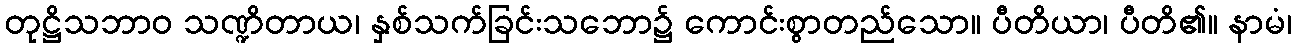
တုဋ္ဌိသဘာဝ သဏ္ဍိတာယ၊ နှစ်သက်ခြင်းသဘော၌ ကောင်းစွာတည်သော။ ပီတိယာ၊ ပီတိ၏။ နာမံ၊